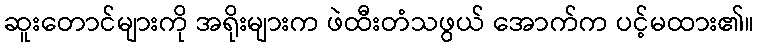
ဆူးတောင်များကို အရိုးများက ဖဲထီးတံသဖွယ် အောက်က ပင့်မထား၏။